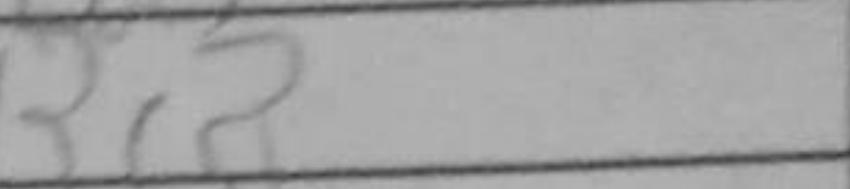
Transcription: Bc8